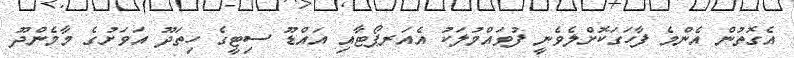
އެގޮތުން އެންމެ ފާހަގަކޮށްލެވެނީ ފުވައްމުލަކު އެއަރޕޯޓާއި އައްޑޫ ސިޓީގެ ހިތަދޫ އަވަށުގެ މާމެންދޫ